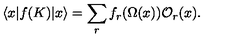
\langle x | f ( K ) | x \rangle = \sum _ { r } f _ { r } ( \Omega ( x ) ) { \cal O } _ { r } ( x ) .